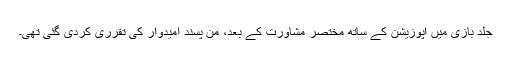
جلد بازی میں اپوزیشن کے ساتھ مختصر مشاورت کے بعد، من پسند امیدوار کی تقرری کردی گئی تھی۔